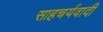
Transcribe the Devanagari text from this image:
साहचर्यवादी